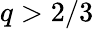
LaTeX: q>2/3